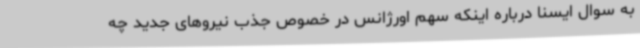
به سوال ایسنا درباره اینکه سهم اورژانس در خصوص جذب نیروهای جدید چه